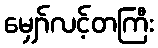
မျှော်လင့်တကြီး